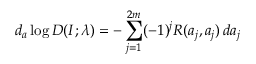
d _ { a } \log D ( I ; \lambda ) = - \sum _ { j = 1 } ^ { 2 m } ( - 1 ) ^ { j } R ( a _ { j } , a _ { j } ) \, d a _ { j }